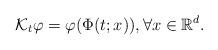
LaTeX: \begin{align*} \mathcal{K}_t\varphi = \varphi(\Phi(t;x)), \forall x \in \mathbb{R}^d.\end{align*}